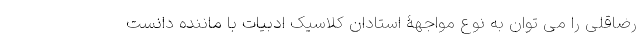
رضاقلی را می توان به نوع مواجهۀ استادان کلاسیک ادبیات با ماننده دانست